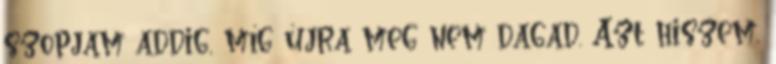
szopjam addig, míg újra meg nem dagad. Azt hiszem,